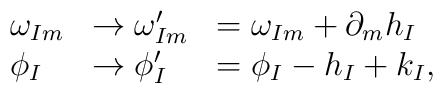
\begin{array}{lll}\omega_{Im} &\rightarrow  \omega_{Im}^{\prime } & = \omega_{Im} +\partial_{m}h_I \\\phi_I &\rightarrow \phi_I^{\prime} & =\phi_I  -h_I + k_I,\end{array}